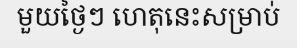
មួយថ្ងៃៗ ហេតុនេះសម្រាប់